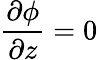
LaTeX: {\frac{\partial\phi}{\partial z}}=0